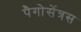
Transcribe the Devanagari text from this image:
पैगोसेंत्रस